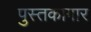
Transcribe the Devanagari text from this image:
पुस्तकागार